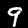
Label: 9